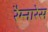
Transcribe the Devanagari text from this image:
रैम्नारेस